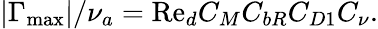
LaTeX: \lvert\Gamma_{\mathrm{max}}\rvert/\nu_{a}=\mathrm{Re}_{d}C_{M}C_{bR}C_{D1}C_{\nu}.